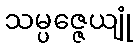
သမ္ပဇ္ဇေယျုံ